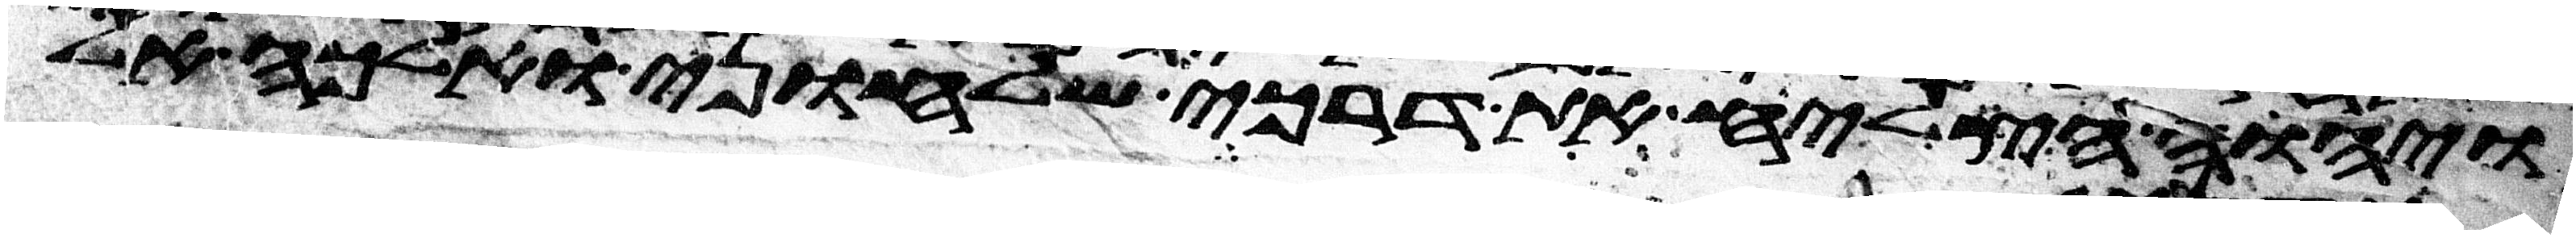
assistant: ויהוה הצליח את דרכי שלחוני ואלכה אל